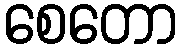
စေတော